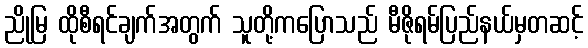
ညိုမြ ထိုစီရင်ချက်အတွက် သူတို့ကပြောသည် မီဇိုရမ်ပြည်နယ်မှတဆင့်